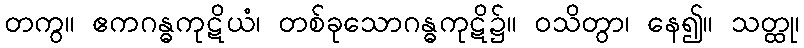
တကွ။ ဧကဂန္ဓကုဋိယံ၊ တစ်ခုသောဂန္ဓကုဋိ၌။ ဝသိတွာ၊ နေ၍။ သတ္ထု၊